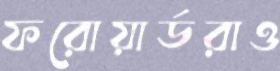
ফরোয়ার্ডরাও